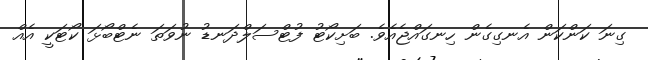
ގިނަ ކަންކަން އެނގިގެން ހިނގައްޖެއެވެ. ބަށިކޯޓު ފުޓްސަލްދަނޑު ނުވަތަ ނެޓްބޯޅަ ކޯޓަކީ އެއް